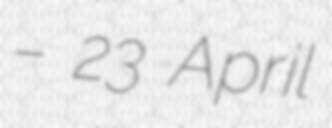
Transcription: – 23 April